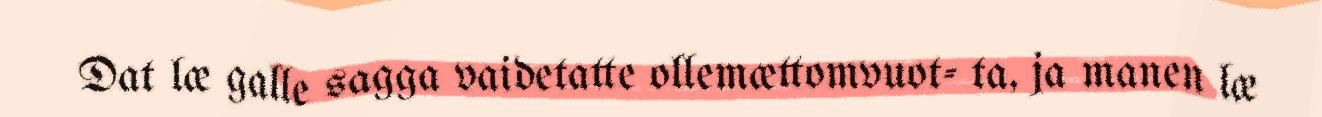
Dat læ galle sagga vaidetatte ollemættomvuot- ta, ja manen læ